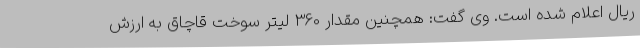
ریال اعلام شده است. وی گفت: همچنین مقدار 360 لیتر سوخت قاچاق به ارزش